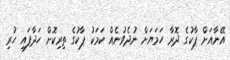
އޭނާއަށް ޕާކުގެ ދޮރާ ހަމަޔަށް ނުދެވުނެއް ކަމަކު ޕާކުގެ ތިރިކޮށް ހަދާފައި ހުރި